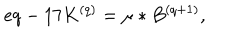
LaTeX: e q - 1 7 K ^ { ( q ) } = \mu \ast B ^ { ( q + 1 ) } ,